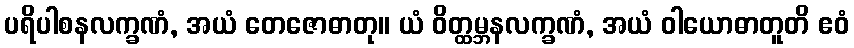
ပရိပါစနလက္ခဏံ, အယံ တေဇောဓာတု။ ယံ ဝိတ္ထမ္ဘနလက္ခဏံ, အယံ ဝါယောဓာတူတိ ဧဝံ